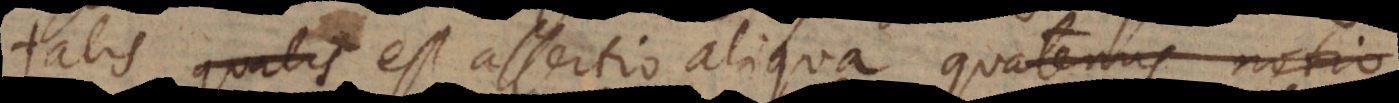
talis est assertio aliqua quatenus notio